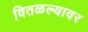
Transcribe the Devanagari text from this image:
वितळल्यावर